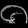
Digit: ၀